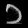
Digit: ၁